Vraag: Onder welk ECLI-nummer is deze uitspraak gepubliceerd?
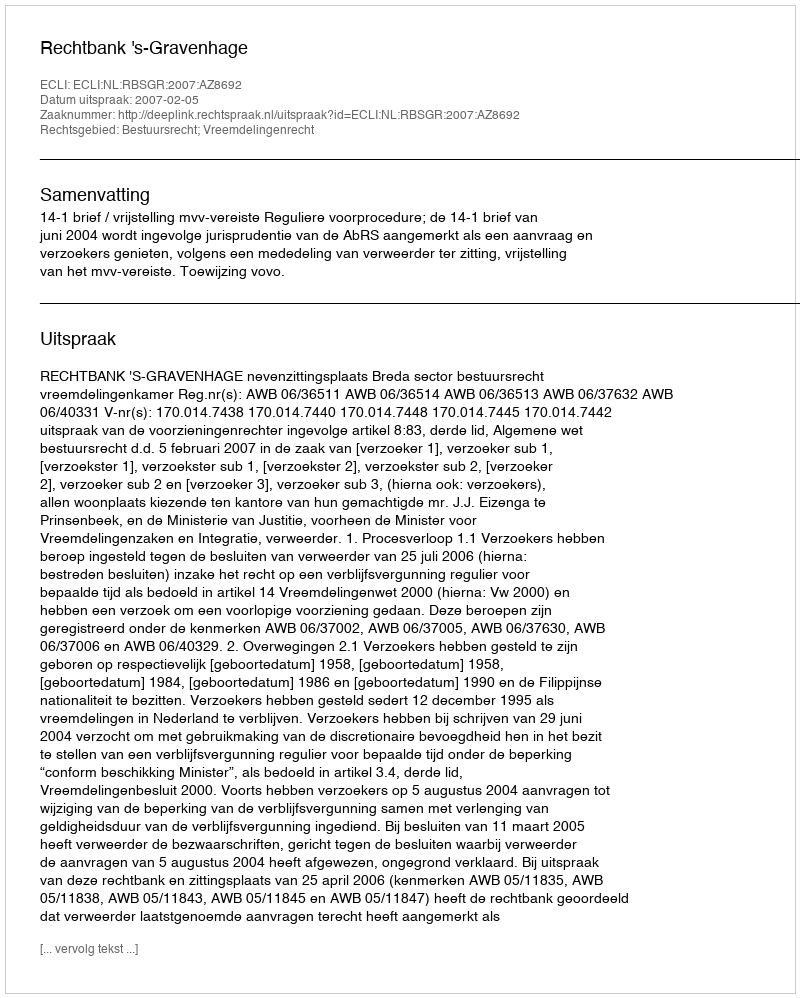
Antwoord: ECLI:NL:RBSGR:2007:AZ8692